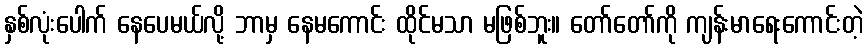
နှစ်လုံးပေါက် နေပေမယ်လို့ ဘာမှ နေမကောင်း ထိုင်မသာ မဖြစ်ဘူး။ တော်တော်ကို ကျန်းမာရေးကောင်းတဲ့